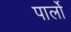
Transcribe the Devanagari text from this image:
पार्लो